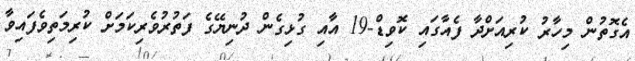
އެގޮތުން މިހާރު ކުރިއަށްދާ ފެއާގައި ކޮވިޑް-19 އާއި ގުޅިގެން ދުނިޔޭގެ ފަތުރުވެރިކަމަށް ކުރިމަތިވެފައިވާ